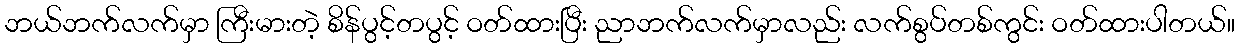
ဘယ်ဘက်လက်မှာ ကြီးမားတဲ့ စိန်ပွင့်တပွင့် ဝတ်ထားပြီး ညာဘက်လက်မှာလည်း လက်စွပ်တစ်ကွင်း ဝတ်ထားပါတယ်။